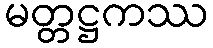
မတ္တဋ္ဌကဿ